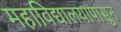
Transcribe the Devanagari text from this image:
महाविद्यालयापासून